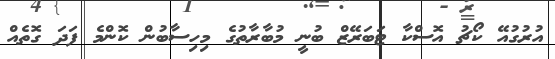
އުރުގުއޭ ކޯޗު އޮސްކާ ޓަބަރޭޒް ބުނީ މުބާރާތުގެ މިހިސާބުން ކޮންމެ ފަދަ ގޮތެއް